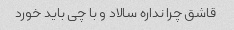
قاشق چرا نداره سالاد و با چی باید خورد